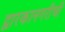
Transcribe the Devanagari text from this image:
द्वारकानगरीची